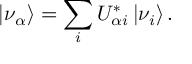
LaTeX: | \nu _ { \alpha } \rangle = \sum _ { i } U _ { { \alpha } i } ^ { * } \, | \nu _ { i } \rangle \, .